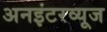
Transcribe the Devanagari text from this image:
अनइंटरव्यूज